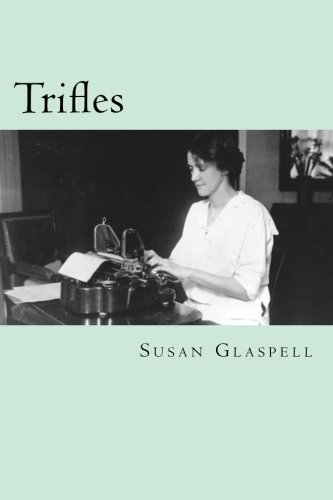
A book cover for Trifles; Susan Glaspell; Literature & Fiction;